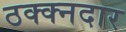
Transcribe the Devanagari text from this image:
ठक्क्नदार